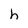
Character: h